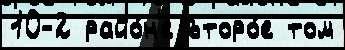
10-2 райо́н'е второ́е том